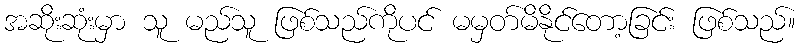
အဆိုးဆုံးမှာ သူ မည်သူ ဖြစ်သည်ကိုပင် မမှတ်မိနိုင်တော့ခြင်း ဖြစ်သည်။